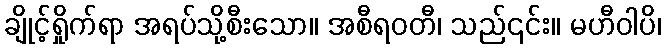
ချိုင့်ရှိုက်ရာ အရပ်သို့စီးသော။ အစီရဝတီ၊ သည်၎င်း။ မဟီဝါပိ၊